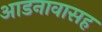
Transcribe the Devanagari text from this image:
आडनावासह